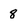
Character: 8